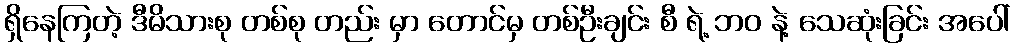
ရှိနေကြတဲ့ ဒီမိသားစု တစ်စု တည်း မှာ တောင်မှ တစ်ဦးချင်း စီ ရဲ့ ဘဝ နဲ့ သေဆုံးခြင်း အပေါ်